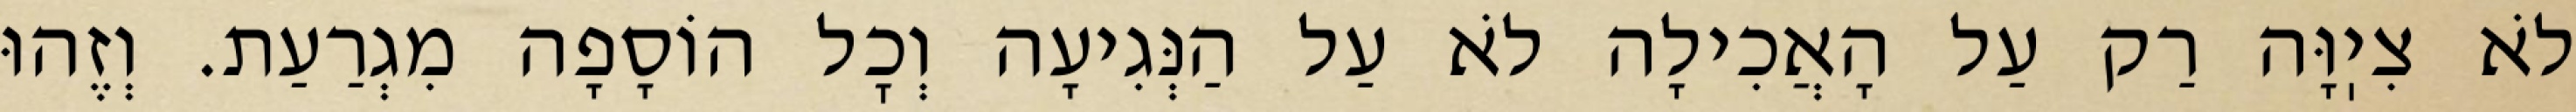
לֹא צִיֽוָּה רַק עַל הָאֲכִילָה לֹא עַל הַנְּגִיעָה וְכׇל הוֹסָפָה מִגְרַעַת. וְזֶהוּ